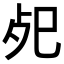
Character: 𢀸